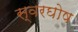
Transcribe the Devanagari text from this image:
स्वरघोष